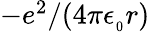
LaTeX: \textstyle-e^{2}/(4\pi\epsilon_{_{0}}r)